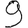
Digit: 9